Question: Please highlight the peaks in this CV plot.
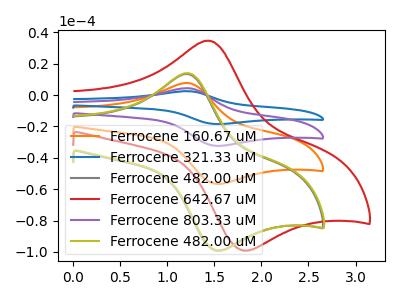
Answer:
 <answer>The orange curve "Ferrocene 160.67 uM" has an anodic peak at (1.20V, 7.70uA) and a cathodic peak at (1.50V, -56.55uA). The blue curve "Ferrocene 321.33 uM" has an anodic peak at (1.20V, 23.10uA) and a cathodic peak at (1.50V, -169.70uA). The gray curve "Ferrocene 482.00 uM" has an anodic peak at (1.20V, 13.45uA) and a cathodic peak at (1.50V, -99.00uA). The red curve "Ferrocene 642.67 uM" has an anodic peak at (1.45V, 34.70uA) and a cathodic peak at (1.80V, -98.95uA). The purple curve "Ferrocene 803.33 uM" has an anodic peak at (1.20V, 15.40uA) and a cathodic peak at (1.50V, -113.15uA). The olive curve "Ferrocene 482.00 uM" has an anodic peak at (1.20V, 13.95uA) and a cathodic peak at (1.50V, -99.00uA).</answer>
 <eval></eval>